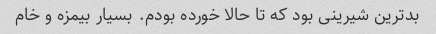
بدترین شیرینی بود که تا حالا خورده بودم. بسیار بیمزه و خام